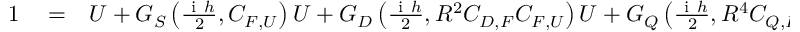
\begin{array} { r l r } { 1 } & { { } = } & { U + G _ { S } \left( \frac { \mathrm { ~ i ~ } h } { 2 } , C _ { F , U } \right) U + G _ { D } \left( \frac { \mathrm { ~ i ~ } h } { 2 } , R ^ { 2 } C _ { D , F } C _ { F , U } \right) U + G _ { Q } \left( \frac { \mathrm { ~ i ~ } h } { 2 } , R ^ { 4 } C _ { Q , F } C _ { F , U } \right) U } \end{array}